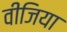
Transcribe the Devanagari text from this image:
वीजिया